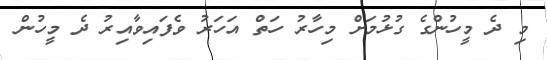
މި ދެ މީހުންގެ ގުޅުމަށް މިހާރު ހަތް އަހަރު ވެފައިވާއިރު ދެ މީހުން